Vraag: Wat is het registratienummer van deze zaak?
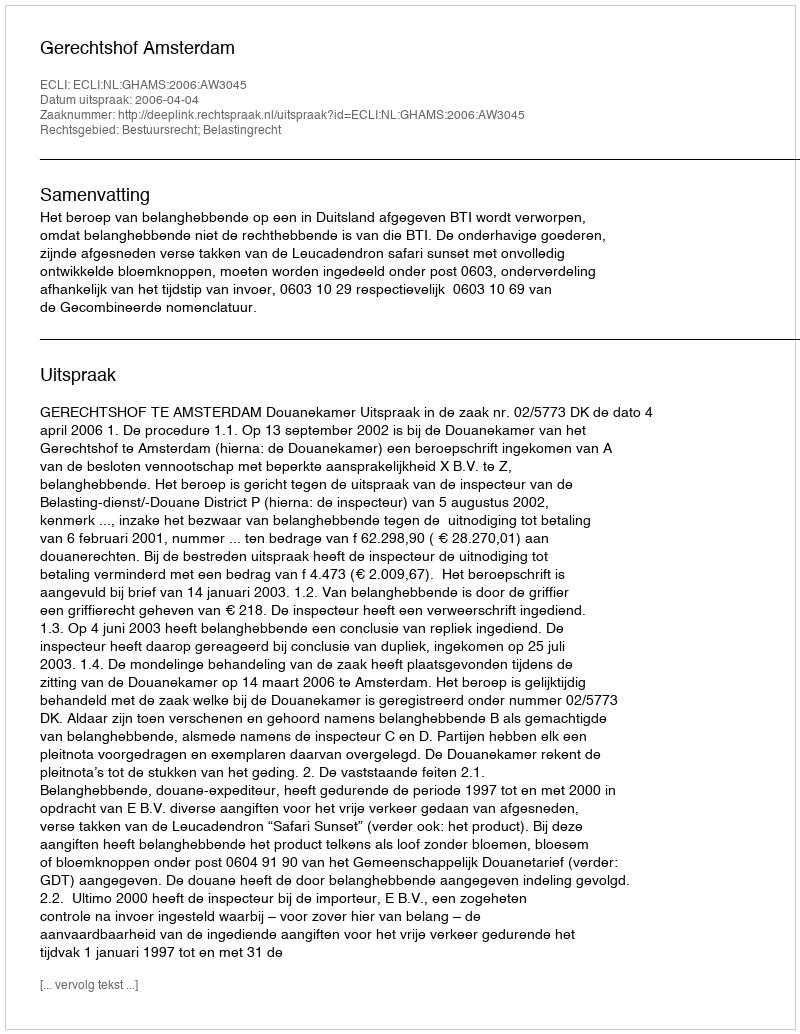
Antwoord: http://deeplink.rechtspraak.nl/uitspraak?id=ECLI:NL:GHAMS:2006:AW3045